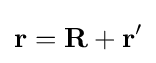
\mathbf {r} =\mathbf {R} +\mathbf {r} '